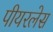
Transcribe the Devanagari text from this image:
पीयरलेस